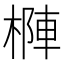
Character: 𣗑